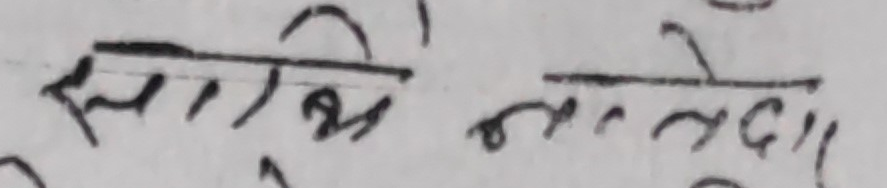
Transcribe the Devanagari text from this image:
साथीहरूले"